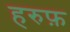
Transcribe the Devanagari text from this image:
हरुफ़